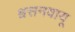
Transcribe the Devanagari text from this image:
श्वसनवायू